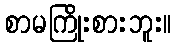
စာမကြိုးစားဘူး။